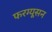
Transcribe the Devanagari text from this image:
फरग्यूसन